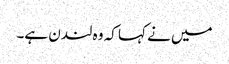
میں نے کہا کہ وہ لندن ہے۔